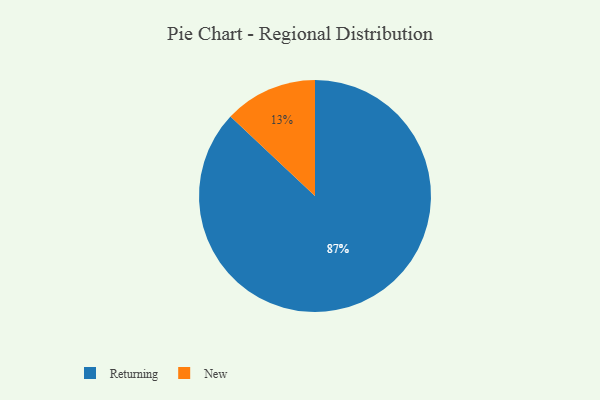
{"axis": {"x": "Category", "y": "Percentage"}, "legend": ["New", "Returning"], "data": [{"x": "Returning", "y": 87, "type": "Returning"}, {"x": "New", "y": 13, "type": "New"}]}